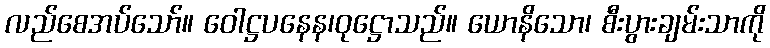
လည်စေအပ်သော်။ ဝေါဋ္ဌပနေန၊ဝုဋ္ဌောသည်။ ယောနိသော၊ စီးပွားချမ်းသာကို